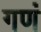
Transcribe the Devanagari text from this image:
गणं